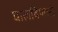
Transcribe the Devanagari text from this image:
घालविणारी